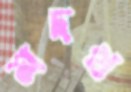
মদখ